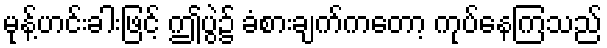
မုန့်ဟင်းခါးဖြင့် ဤပွဲ၌ ခံစားချက်ကတော့ ကုပ်နေကြသည်